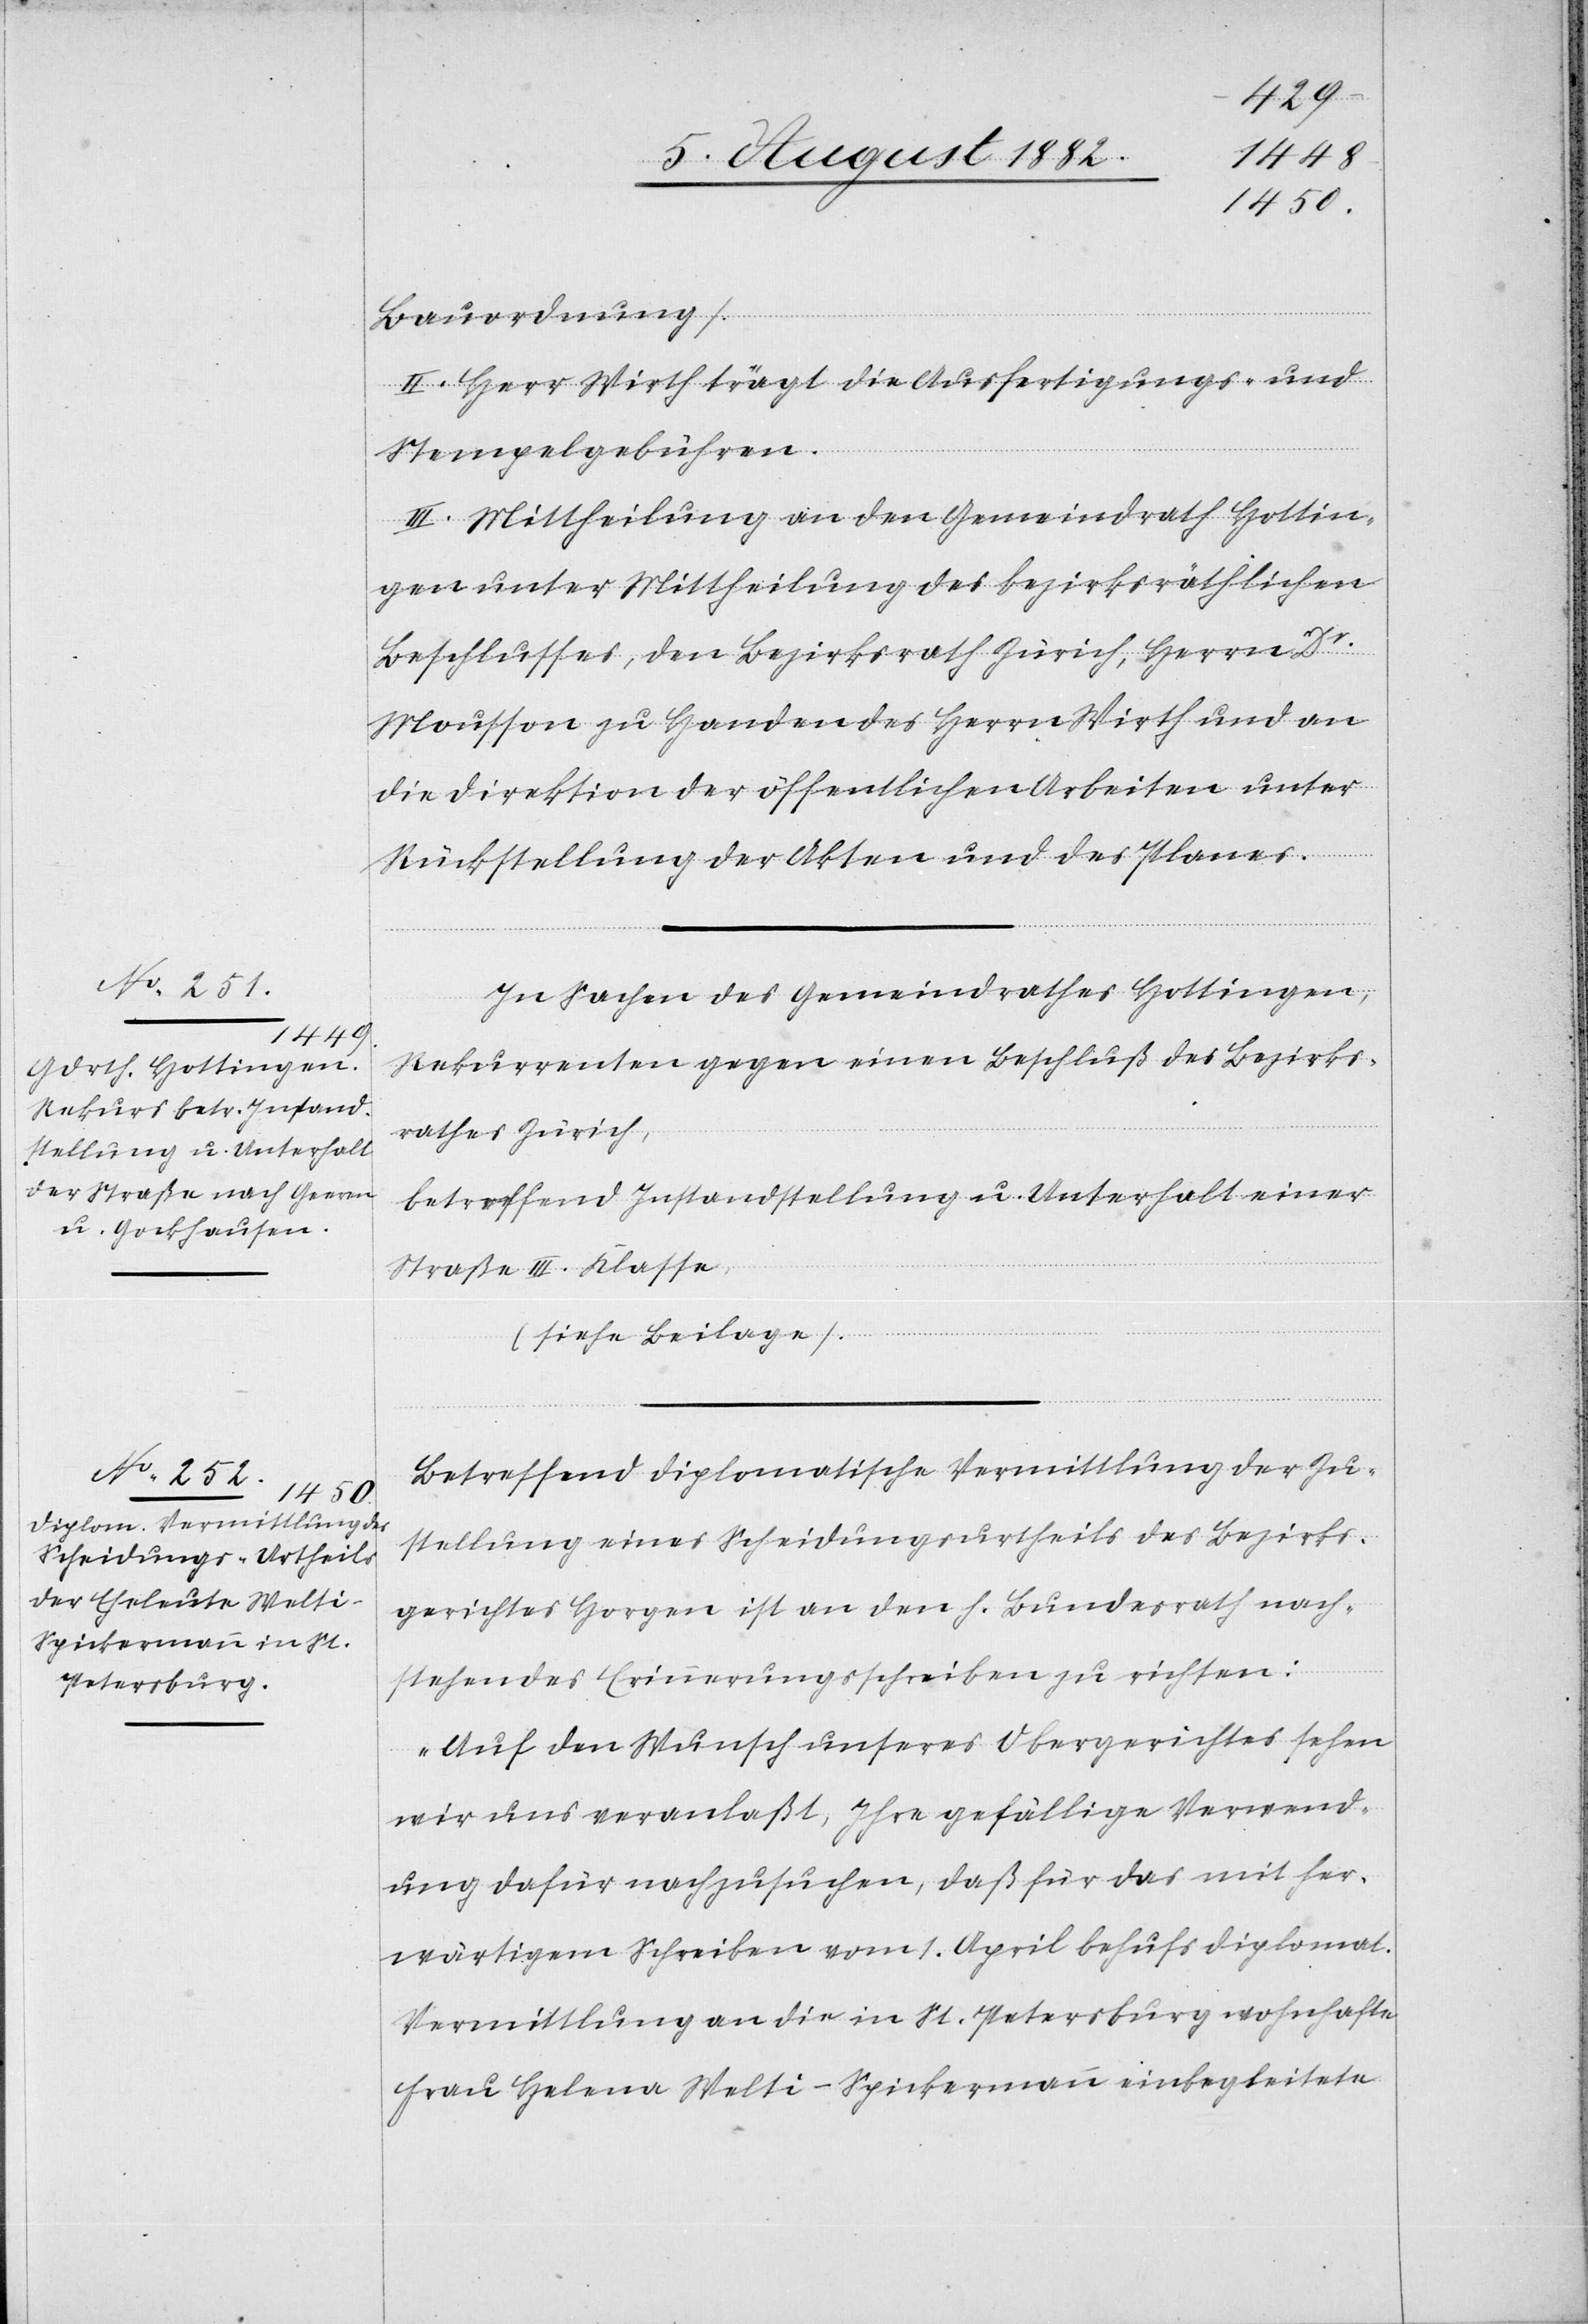
Bauordnung.
II. Herr Wirth trägt die Ausfertigungs- und
Stempelgebühren.
III. Mittheilung an den Gemeindrath Hottin¬
gen unter Mittheilung des bezirksräthlichen
Beschlusses, den Bezirksrath Zürich, Herrn Dr
Mousson zu Handen des Herrn Wirth und an
die Direktion der öffentlichen Arbeiten unter
Rückstellung der Akten und des Planes.
Betreffend diplomatische Vermittlung der Zu¬
stellung eines Scheidungsurtheils des Bezirks¬
gerichtes Horgen ist an den h. Bundesrath nach¬
stehendes Erinnerungsschreiben zu richten:
„Auf den Wunsch unseres Obergerichtes sehen
wir uns veranlaßt, Ihre gefällige Verwend¬
ung dafür nachzusuchen, daß für das mit her¬
wärtigem Schreiben vom 1. April behufs diplomat.
Vermittlung an die in St. Petersburg wohnhafte
Frau Helena Welti-Spickermann einbegleitete